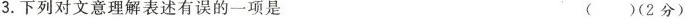
3.下列对文意理解表述有误的一项是 ( )(2分)